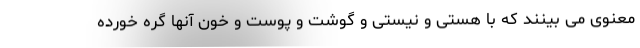
معنوی می بینند که با هستی و نیستی و گوشت و پوست و خون آنها گره خورده